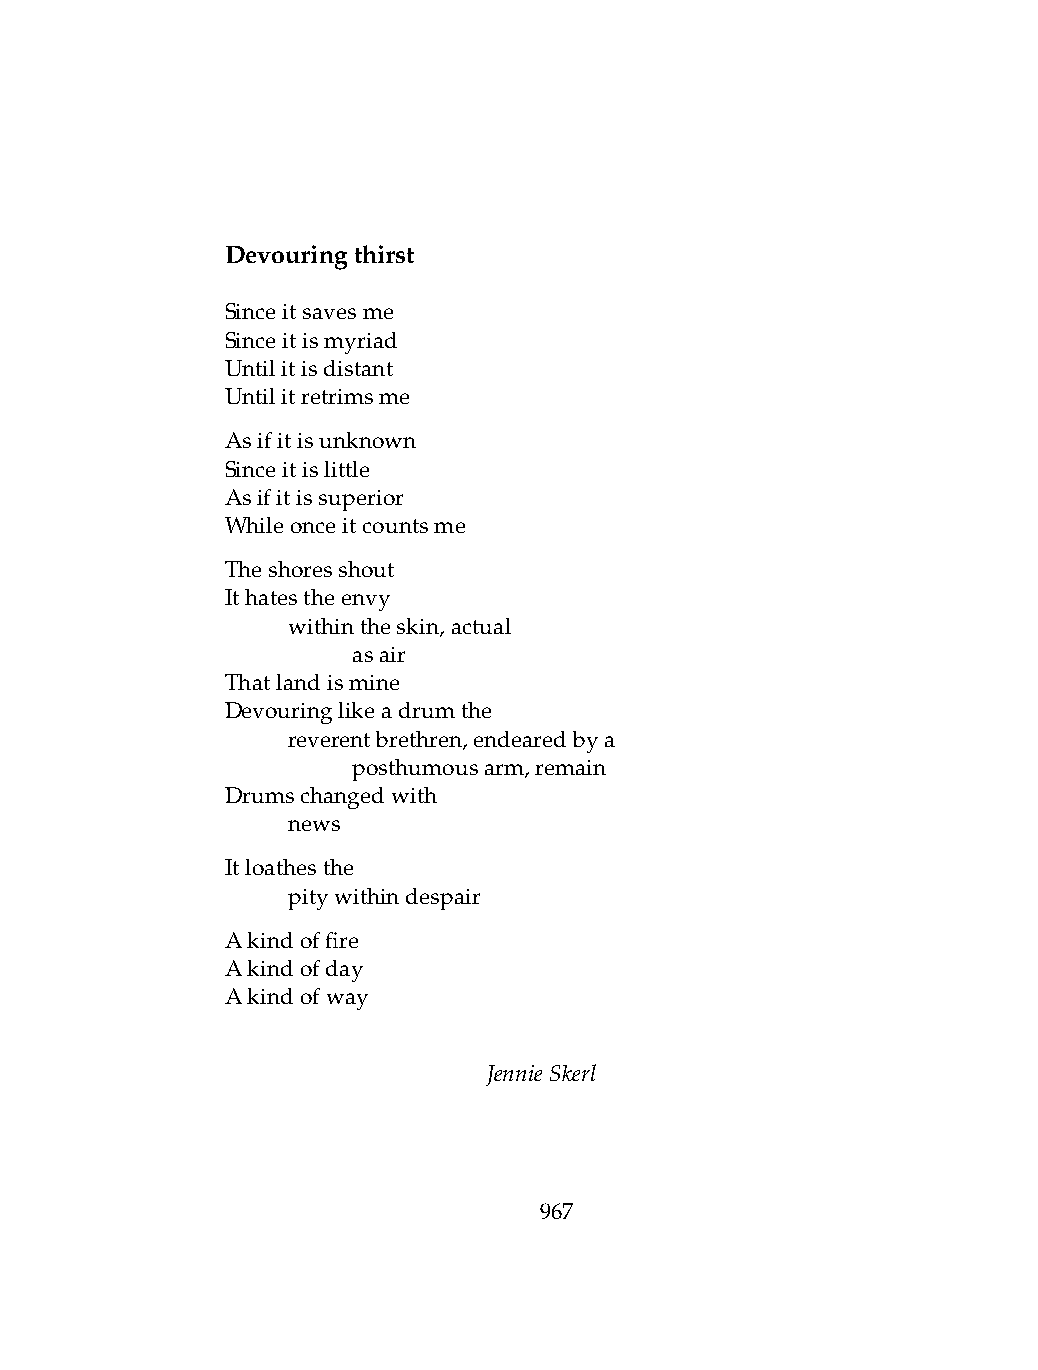
Devouringthirst
 Sinceitsavesme
 Sinceitismyriad
 Untilitisdistant
 Untilitretrimsme
 Asifitisunknown
 Sinceitislittle
 Asifitissuperior
 Whileonceitcountsme
 Theshoresshout
 Ithatestheenvy
 .   withintheskin,actual
 .   .   asair
 Thatlandismine
 Devouringlikeadrumthe
 .   reverentbrethren,endearedbya
 .   .   posthumousarm,remain
 Drumschangedwith
 .   news
 Itloathesthe
 .   pitywithindespair
 Akindoffire
 Akindofday
 Akindofway
 JennieSkerl
 967